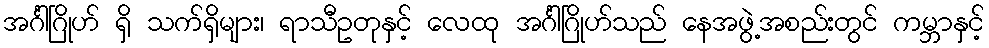
အင်္ဂါဂြိုဟ် ရှိ သက်ရှိများ၊ ရာသီဥတုနှင့် လေထု အင်္ဂါဂြိုဟ်သည် နေအဖွဲ့အစည်းတွင် ကမ္ဘာနှင့်